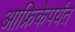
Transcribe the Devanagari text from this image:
आफ्रिकेपर्यंत